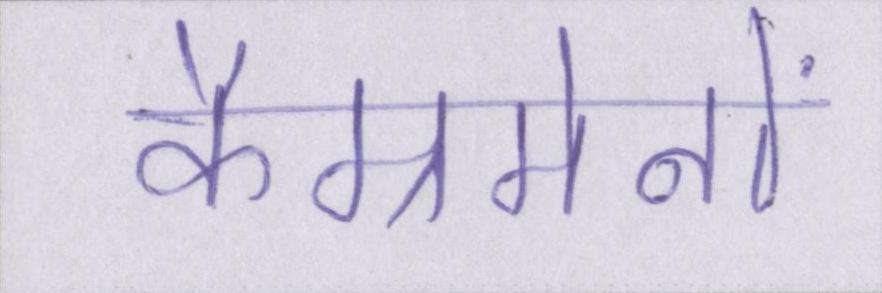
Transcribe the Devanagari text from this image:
कैम्रमेनों